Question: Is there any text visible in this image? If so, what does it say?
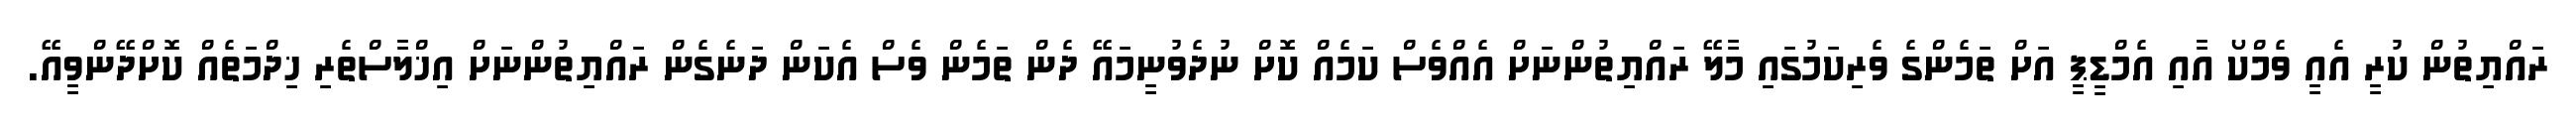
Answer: ރައްޔިތުން ކުރީ އެއީ ވެމްކޯ އާއި އެމްޑީޕީ އަށް ތަމެންގެ ވެރިކަމުގައި މާލޭ ރައްޔިތުންނަށް އެއްވެސް ކަމެއް ކޮށް ނުދެވުނީމައޭ ދެން ތަމެން ވެސް އެކަން ދަނެގެން ރައްޔިތުންނަށް އިޚްލާސްތެރި ޚިދްމަތެއް ކޮށްދޭންވީއޭ.